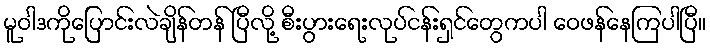
မူဝါဒကိုပြောင်းလဲချိန်တန် ပြီလို့ စီးပွားရေးလုပ်ငန်းရှင်တွေကပါ ဝေဖန်နေကြပါပြီ။